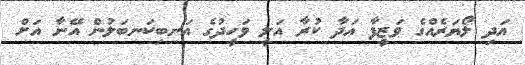
އަދި ލޯޔަރެއްގެ ވަޒީފާ އަދާ ކުރާ އަލީ ވަހީދުގެ އަނބިކަނބަލުން އޭނާ އަށް